Civil Veterinary Department. Central Provinces & Berar 1925-31 - 1925-1931
Year: 1925
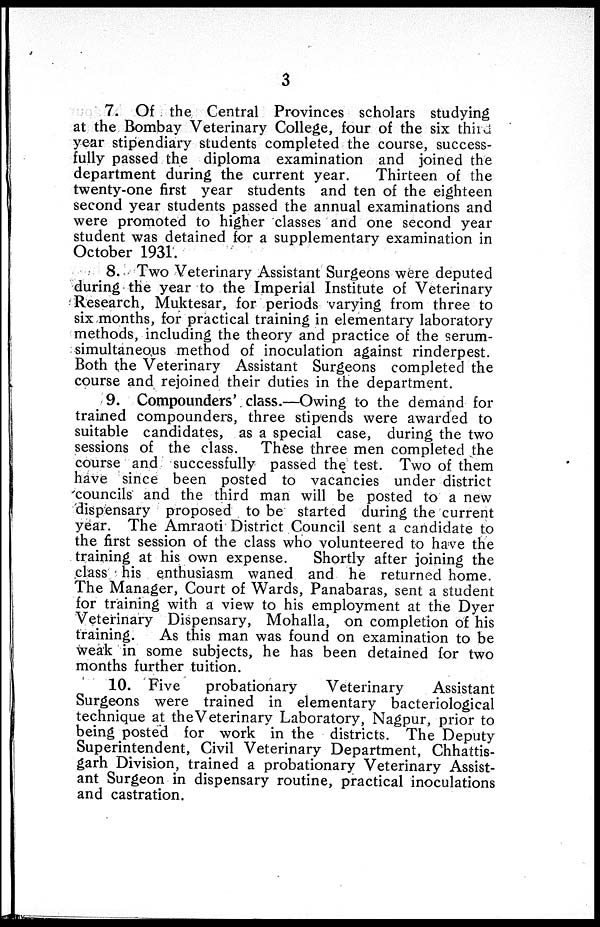
3
7. Of the Central Provinces scholars studying
at the Bombay Veterinary College, four of the six third
year stipendiary students completed the course, success-
fully passed the diploma examination and joined the
department during the current year.
Thirteen of the
twenty-one first year students and ten of the eighteen
second year students passed the annual examinations and
were promoted to higher classes and one second year
student was detained for a supplementary examination in
October 1931.
8. Two Veterinary Assistant Surgeons were deputed
during the year to the Imperial Institute of Veterinary
Research, Muktesar, for periods varying from three to
six months, for practical training in elementary laboratory
methods, including the theory and practice of the serum-
simultaneous method of inoculation against rinderpest.
Both the Veterinary Assistant Surgeons completed the
course and rejoined their duties in the department.
9. Compounders' class.—Owing to the demand for
trained compounders, three stipends were awarded to
suitable candidates, as a special case, during the two
sessions of the class. These three men completed the
course and successfully passed the test. Two of them
have since been posted to vacancies under district
councils and the third man will be posted to a new
dispensary proposed to be started during the current
year. The Amraoti District Council sent a candidate to
the first session of the class who volunteered to have the
training at his own expense.
Shortly after joining the
class his enthusiasm waned and he returned home.
The Manager, Court of Wards, Panabaras, sent a student
for training with a view to his employment at the Dyer
Veterinary Dispensary, Mohalla, on completion of his
training.
As this man was found on examination to be
weak in some subjects, he has been detained for two
months further tuition.
10. Five
probationary
Veterinary
Assistant
Surgeons were trained in elementary bacteriological
technique at the Veterinary Laboratory, Nagpur, prior to
being posted for work in the districts. The Deputy
Superintendent, Civil Veterinary Department, Chhattis-
garh Division, trained a probationary Veterinary Assist-
ant Surgeon in dispensary routine, practical inoculations
and castration.